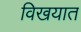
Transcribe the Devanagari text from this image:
विखयात